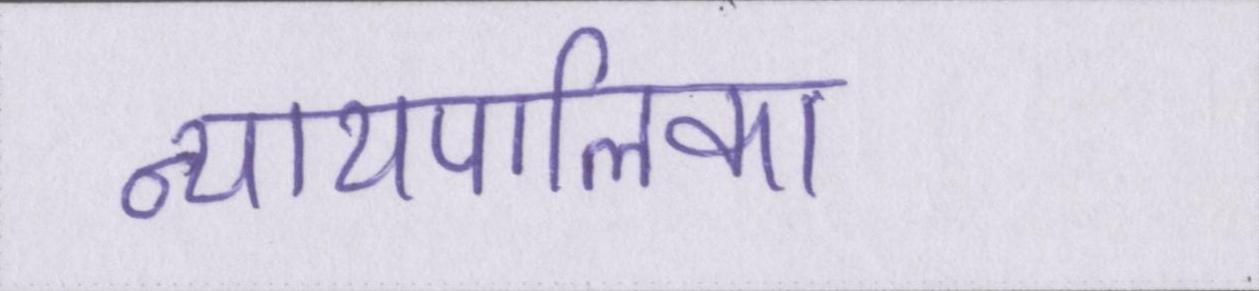
न्यायपालिका